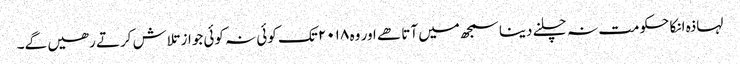
لہاذہ انکا حکومت نہ چلنے دینا سمجھ میں آتا ھے اور وہ ۲۰۱۸ تک کوئی نہ کوئی جواز تلاش کرتے رھیں گے۔